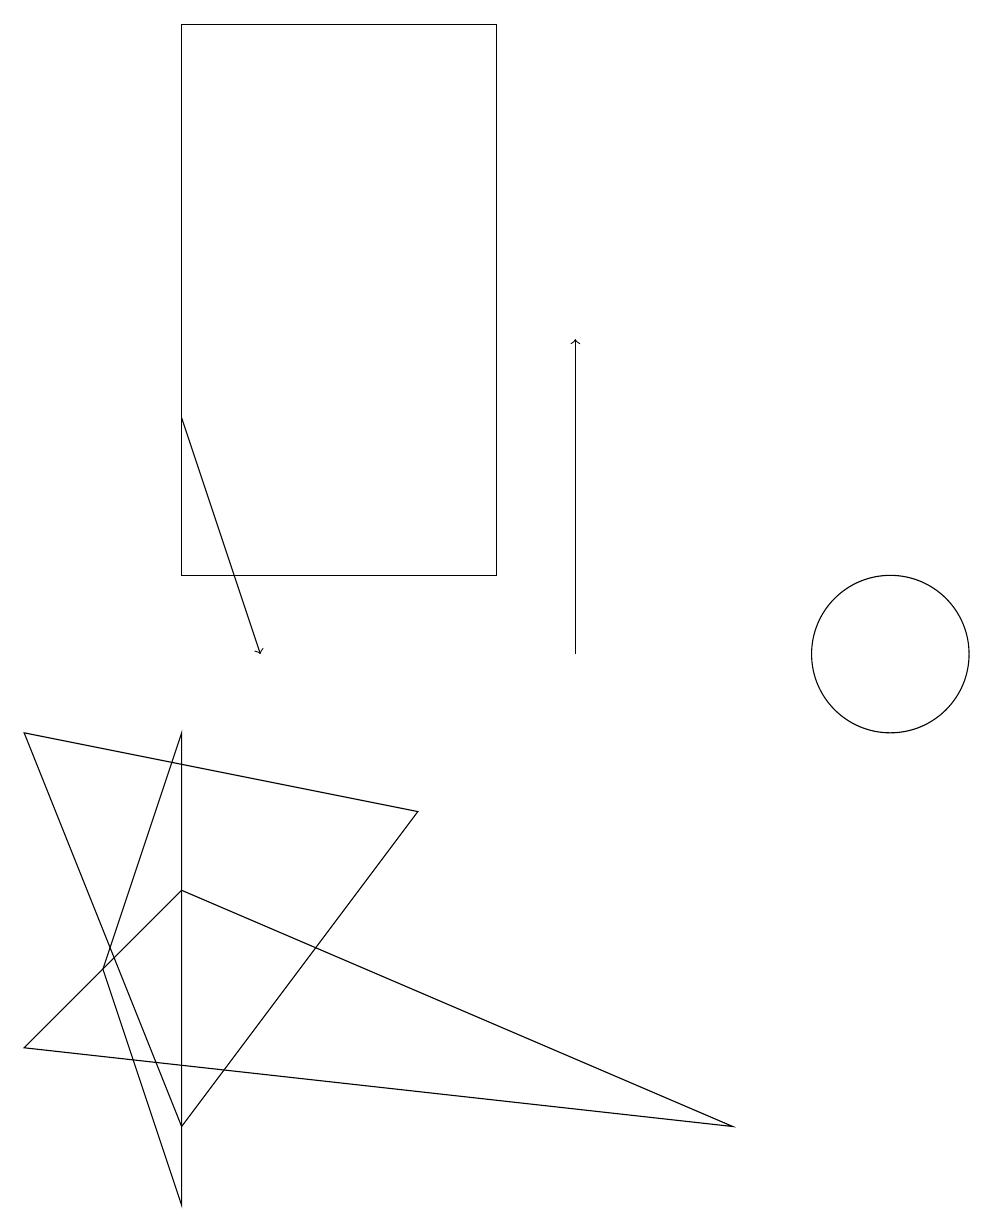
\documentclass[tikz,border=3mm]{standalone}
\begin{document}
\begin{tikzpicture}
\draw (11,10) circle (1);
\draw (0,5) -- (2,7) -- (9,4) -- cycle;
\draw[->] (2,13) -- (3,10);
\draw (0,9) -- (2,4) -- (5,8) -- cycle;
\draw (2,3) -- (2,9) -- (1,6) -- cycle;
\draw (12,11) circle (0);
\draw[->] (7,10) -- (7,14);
\draw (2,11) rectangle (6,18);
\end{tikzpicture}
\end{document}